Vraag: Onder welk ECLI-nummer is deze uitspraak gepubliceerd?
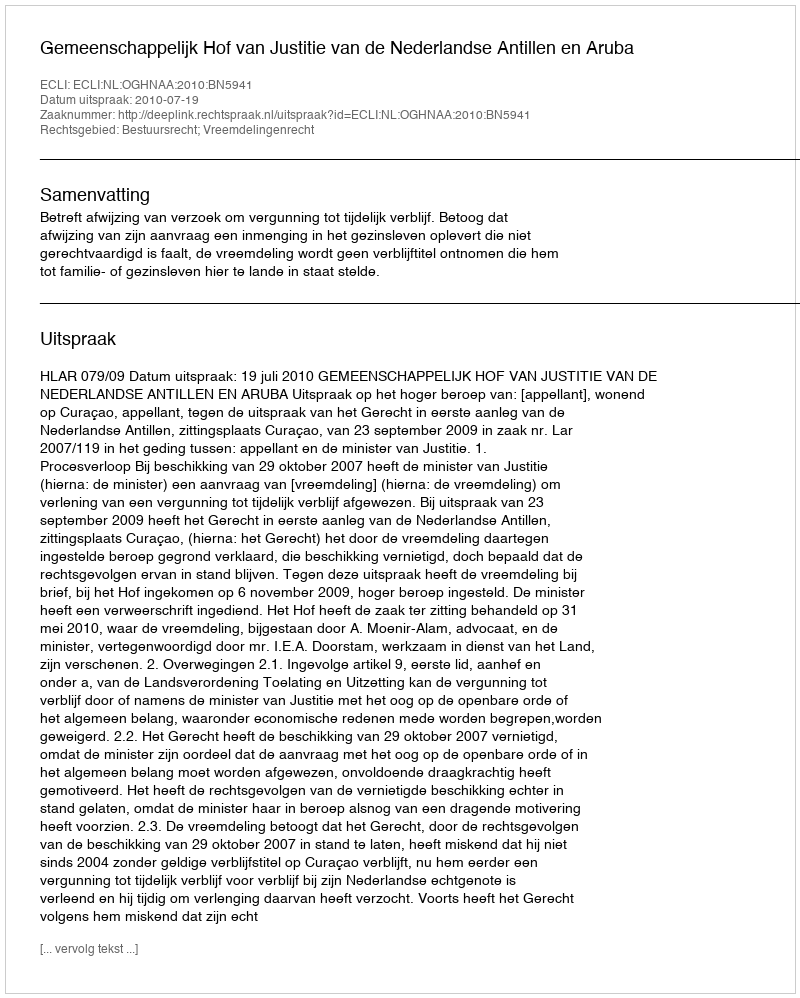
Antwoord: ECLI:NL:OGHNAA:2010:BN5941